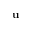
\mathbf { u }